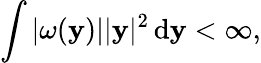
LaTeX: \int|\omega(\mathbf{y})||\mathbf{y}|^{2}\, \mathrm{{d}}\mathbf{y}<\infty,